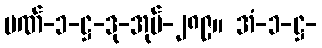
ပဏ်-၁-ဋ္ဌ-ဒု-အုပ်-၂၈၉။ အံ-၁-ဋ္ဌ-